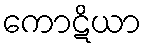
ကောဋိယာ